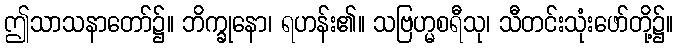
ဤသာသနာတော်၌။ ဘိက္ခုနော၊ ရဟန်း၏။ သဗြဟ္မစရီသု၊ သီတင်းသုံးဖော်တို့၌။